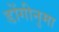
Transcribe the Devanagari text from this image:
डोंगीनुमा